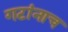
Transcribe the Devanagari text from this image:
गटांनाच